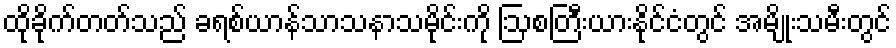
ထိုခိုက်တတ်သည် ခရစ်ယာန်သာသနာသမိုင်းကို ဩစတြီးယားနိုင်ငံတွင် အမျိုးသမီးတွင်